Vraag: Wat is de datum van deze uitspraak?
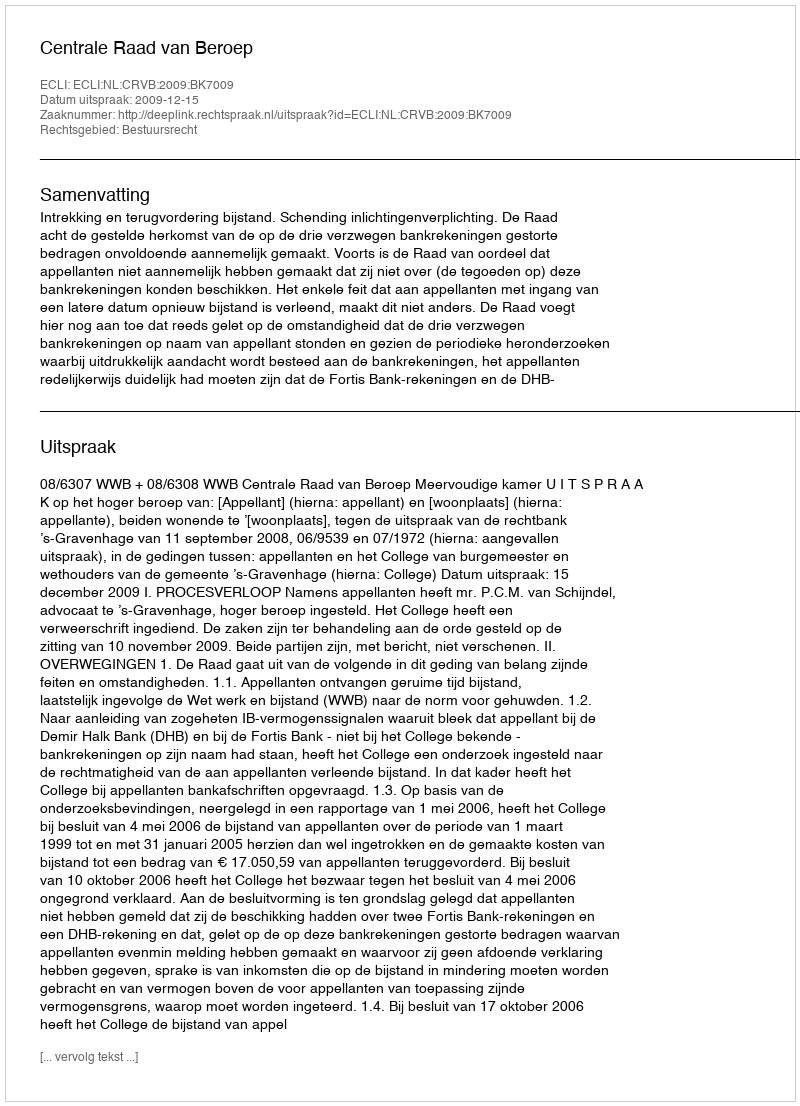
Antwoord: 2009-12-15